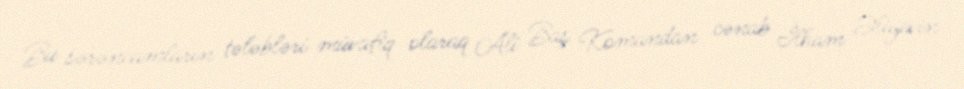
Bu sərəncamların tələbləri müvafiq olaraq Ali Baş Komandan cənab İlham Əliyevin